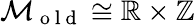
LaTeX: \mathcal{M}_{\mathrm{~o~l~d~}}\cong\mathbb{R}\times\mathbb{Z}